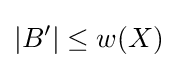
|B'|\leq w(X)